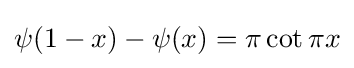
\psi (1-x)-\psi (x)=\pi \cot \pi x